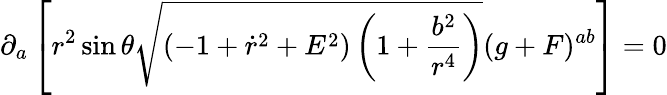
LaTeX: \partial_{a}\left[r^{2}\sin\theta\sqrt{(-1+\dot{r}^{2}+E^{2})\left(1+\frac{b^{2}}{r^{4}}\right)}(g+F)^{ab}\right]=0